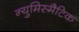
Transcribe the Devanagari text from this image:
न्युमिस्मैटिक